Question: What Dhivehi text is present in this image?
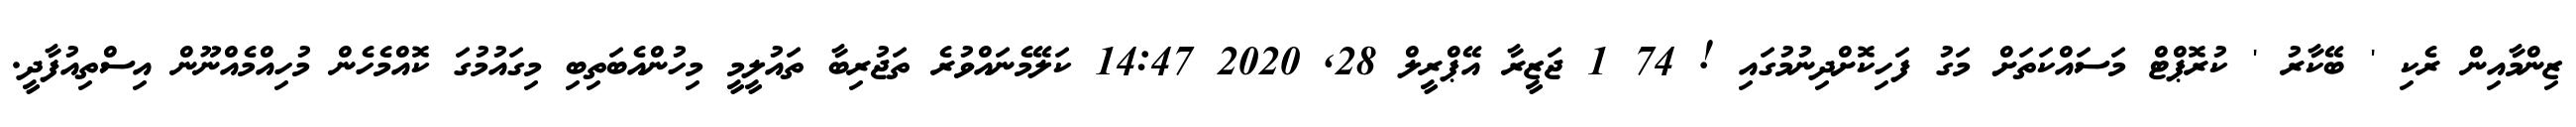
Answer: ޒިންމާއިން ރެކި ' ބޭކާރު ' ކުރޮޕްޓް މަސައްކަތަށް މަގު ފަހިކޮށްދިނުމުގައި ! 74 1 ޖަޒީރާ އޭޕްރީލް 28, 2020 14:47 ކަލޭމެނައްވުރެ ތަޖުރިބާ ތައުލީމީ މިހުންއެބަތިބި މިގައުމުގަ ކޮއްމެހެން މުހިއްމެއްނޫން އިސްތިއުފާދީ.